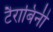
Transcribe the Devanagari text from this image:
टैराबिनी